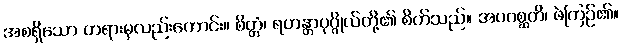
အစရှိသော တရားမှလည်းကောင်း။ စိတ္တံ၊ ရဟန္တာပုဂ္ဂိုလ်တို့၏ စိတ်သည်။ အပဂစ္ဆတိ၊ ဖဲကြဉ်၏။